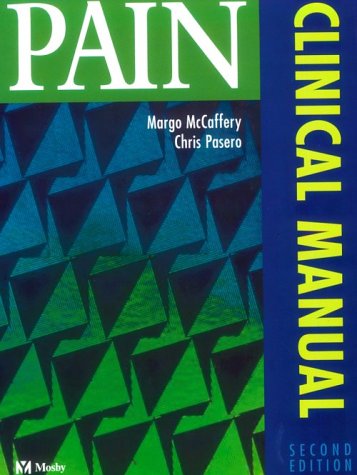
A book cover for Pain : Clinical Manual; Margo McCaffery MS  RN-BC  FAAN; Medical Books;